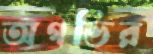
অগভির